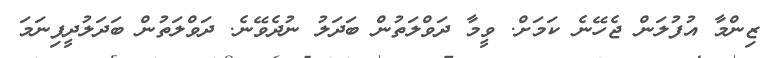
ޒިންމާ އުފުލަން ޖެހޭނެ ކަމަށް. ވީމާ ދަވްލަތުން ބަދަލު ނުދެވޭނެ. ދަވްލަތުން ބަދަލުދީފިނަމަ